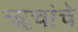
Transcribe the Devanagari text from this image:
ॠचांचे